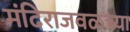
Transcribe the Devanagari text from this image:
मंदिराजवळच्या